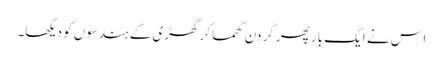
اس نے ایک بار پھر گردن گھما کر گھڑی کے ہندسوں کو دیکھا۔